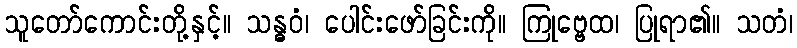
သူတော်ကောင်းတို့နှင့်။ သန္ဓဝံ၊ ပေါင်းဖော်ခြင်းကို။ ကြုဗ္ဗေထ၊ ပြုရာ၏။ သတံ၊